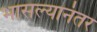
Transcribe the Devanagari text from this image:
भासल्यानंतर